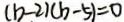
( b - 2 ) ( b - 5 ) = 0